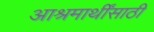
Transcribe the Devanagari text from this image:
आश्रमार्थींसाठी